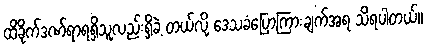
ထိခိုက်ဒဏ်ရာရရှိသူလည်းရှိခဲ့ တယ်လို့ ဒေသခံပြောကြားချက်အရ သိရပါတယ်။